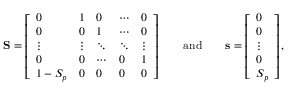
\mathbf { S } = \left[ \begin{array} { l l l l l } { 0 } & { 1 } & { 0 } & { \cdots } & { 0 } \\ { 0 } & { 0 } & { 1 } & { \cdots } & { 0 } \\ { \vdots } & { \vdots } & { \ddots } & { \ddots } & { \vdots } \\ { 0 } & { 0 } & { \cdots } & { 0 } & { 1 } \\ { 1 - S _ { p } } & { 0 } & { 0 } & { 0 } & { 0 } \end{array} \right] \qquad \mathrm { a n d } \qquad \mathbf { s } = \left[ \begin{array} { l } { 0 } \\ { 0 } \\ { \vdots } \\ { 0 } \\ { S _ { p } } \end{array} \right] ,